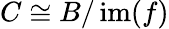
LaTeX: C\cong B/\operatorname{im}(f)